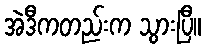
အဲဒီကတည်းက သွားပြီ။